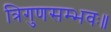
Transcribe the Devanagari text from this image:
त्रिगुणसम्भवः॥